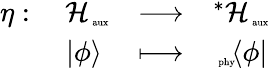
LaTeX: \begin{array}{cccc}{{\eta:}}&{{\ {\cal H}_{\mathrm{\tiny~aux}}}}&{{\longrightarrow}}&{{^*{\cal H}_{\mathrm{\tiny~aux}}}}\\ {{}}&{{|\phi\rangle}}&{{\longmapsto}}&{{_{\mathrm{\tiny~phy}}\! \langle\phi|}}\end{array}